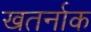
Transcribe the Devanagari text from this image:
खतर्नाक